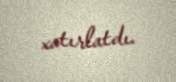
xatırlatdı.